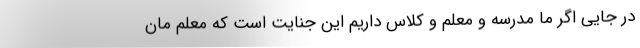
در جایی اگر ما مدرسه و معلم و کلاس داریم این جنایت است که معلم مان